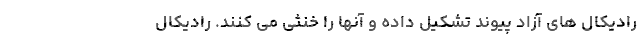
رادیکال های آزاد پیوند تشکیل داده و آنها را خنثی می کنند. رادیکال